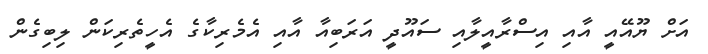
އަށް ޔޫއޭއީ އާއި އިސްރާއީލާއި ސައޫދީ އަރަބިއާ އާއި އެމެރިކާގެ އެހީތެރިކަން ލިބިގެން